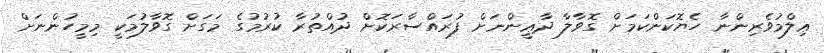
ޢިލްމުވެރިންނާ ހެޔޮކަންކަމަށް ގޮވާލާ ދާޢީންނަށް ފުރައްސާރަކޮށް ދުއްތުރާ ކުރުމުގެ މަގަށް ގޮވާލުމަކީ މިމީހުންނަށް